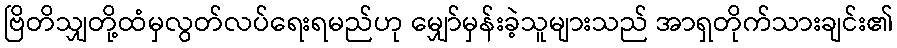
ဗြိတိသျှတို့ထံမှလွတ်လပ်ရေးရမည်ဟု မျှော်မှန်းခဲ့သူများသည် အာရှတိုက်သားချင်း၏